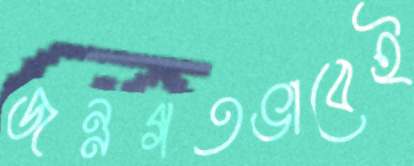
জন্মগতভাবেই